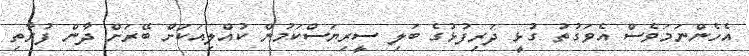
އެހެންނަމަވެސް އެވަގުތު ގުޅީ ދަރިފުޅުގެ ބަލި ސީރިޔަސްކަމުން ކުއްލިއަކަށް ބޭރަށް ދާން ފުރާތި